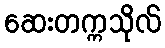
ဆေးတက္ကသိုလ်